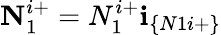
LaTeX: \textbf{N}_{1}^{i+}=N_{1}^{i+}\textbf{i}_{\{ N1i+\} }